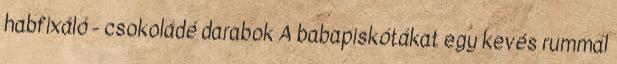
habfixáló - csokoládé darabok A babapiskótákat egy kevés rummal